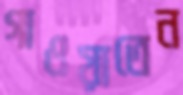
গাওয়াতেন